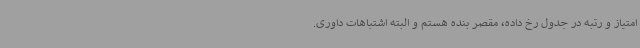
امتیاز و رتبه در جدول رخ داده، مقصر بنده هستم و البته اشتباهات داوری.